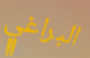
البراغي